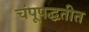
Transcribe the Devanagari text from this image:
चंपूपद्धतीत